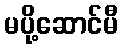
မပို့ဆောင်မီ